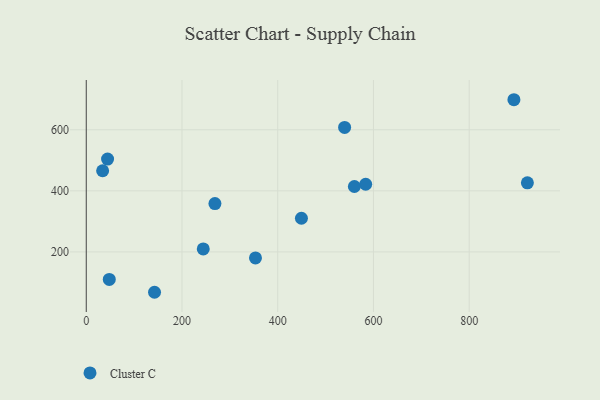
{"axis": {"x": "Distance", "y": "Profit"}, "legend": ["Cluster C"], "data": [{"x": "268.8", "y": 358.4, "type": "Cluster C"}, {"x": "142.6", "y": 67.8, "type": "Cluster C"}, {"x": "921.5", "y": 426.3, "type": "Cluster C"}, {"x": "893.4", "y": 698.4, "type": "Cluster C"}, {"x": "449.5", "y": 310.3, "type": "Cluster C"}, {"x": "583.7", "y": 421.6, "type": "Cluster C"}, {"x": "353.5", "y": 180.3, "type": "Cluster C"}, {"x": "44.5", "y": 504.0, "type": "Cluster C"}, {"x": "48.1", "y": 109.8, "type": "Cluster C"}, {"x": "560.1", "y": 414.2, "type": "Cluster C"}, {"x": "539.7", "y": 607.7, "type": "Cluster C"}, {"x": "244.4", "y": 209.9, "type": "Cluster C"}, {"x": "34.2", "y": 465.8, "type": "Cluster C"}]}